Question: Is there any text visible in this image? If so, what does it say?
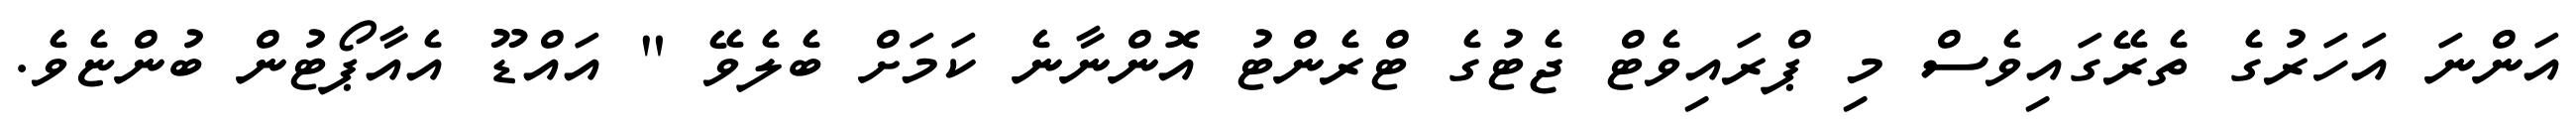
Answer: އަންނަ އަހަރުގެ ތެރޭގައިވެސް މި ޕްރައިވެޓް ޖެޓުގެ ޓްރެންޓު އޮންނާނެ ކަމަށް ބެލެވޭ " އައްޑޫ އެއާޕޯޓުން ބުންޏެވެ.